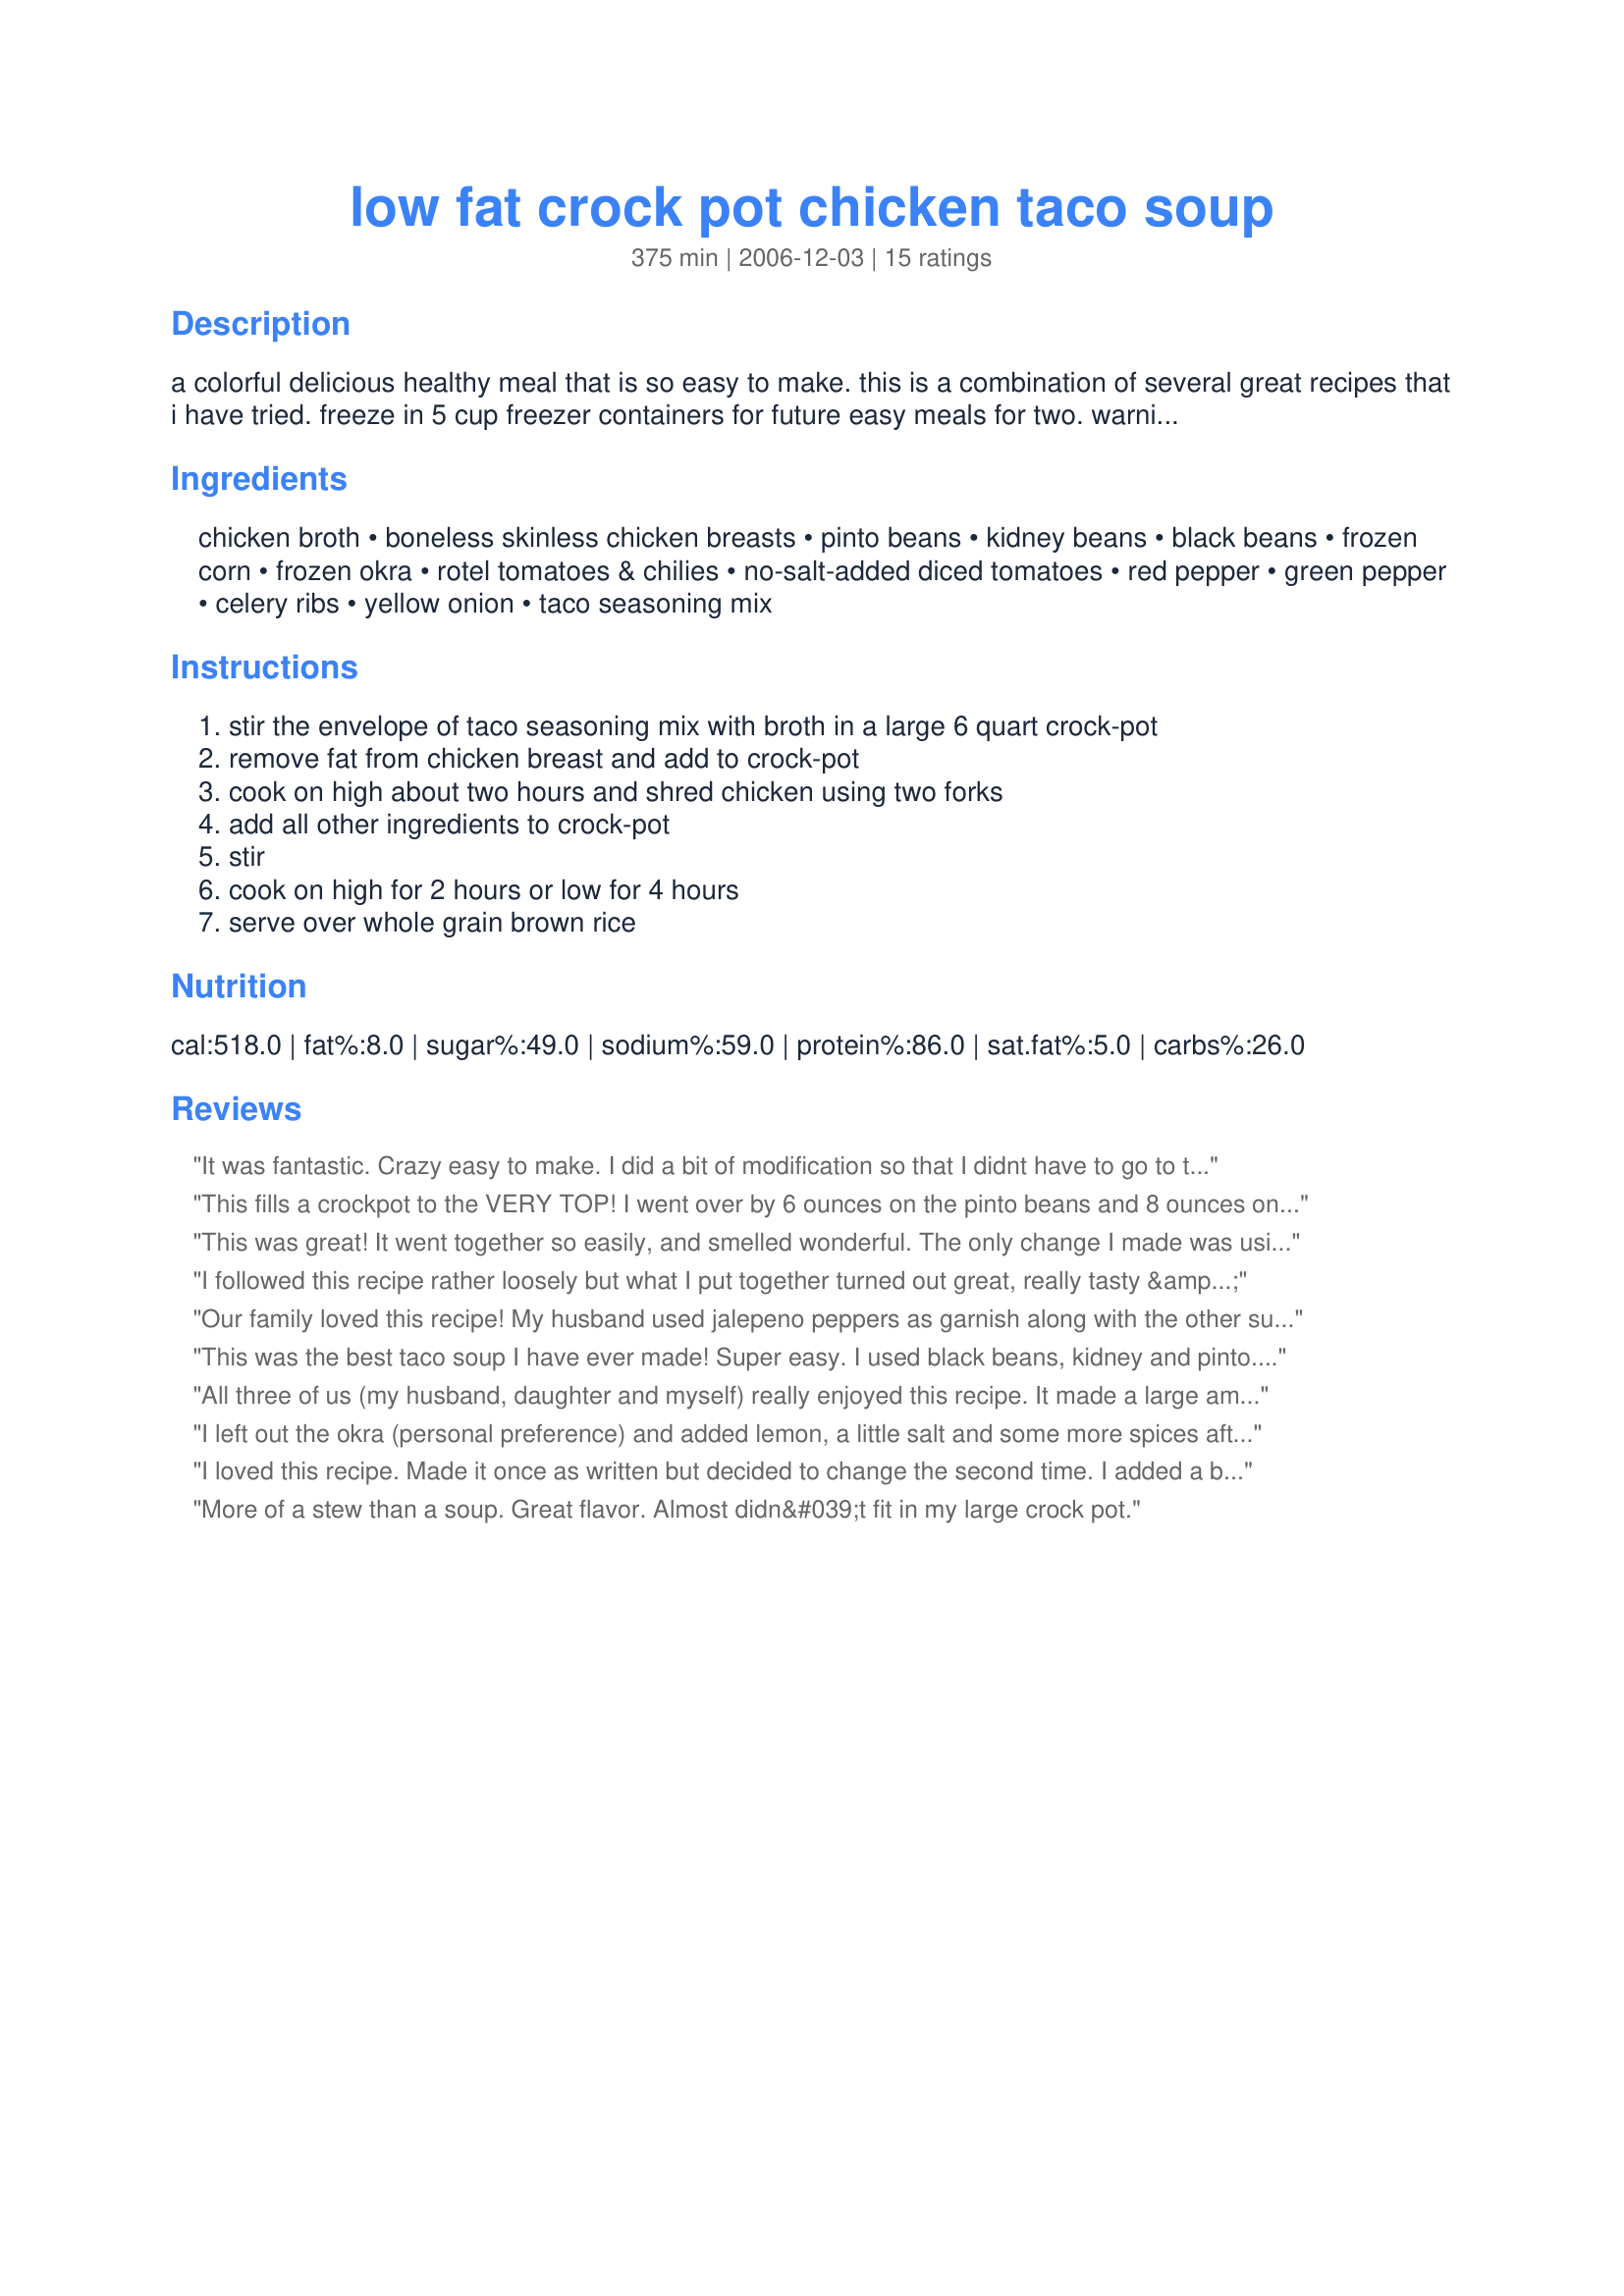
low fat crock pot chicken taco soup
Preparation time: 375 minutes

a colorful delicious healthy meal that is so easy to make. this is a combination of several great recipes that i have tried. freeze in 5 cup freezer containers for future easy meals for two.
warning: a large crock pot is needed.

Ingredients:
chicken broth, boneless skinless chicken breasts, pinto beans, kidney beans, black beans, frozen corn, frozen okra, rotel tomatoes & chilies, no-salt-added diced tomatoes, red pepper, green pepper, celery ribs, yellow onion, taco seasoning mix

Steps:
stir the envelope of taco seasoning mix with broth in a large 6 quart crock-pot, remove fat from chicken breast and add to crock-pot, cook on high about two hours and shred chicken using two forks, add all other ingredients to crock-pot, stir, cook on high for 2 hours or low for 4 hours, serve over whole grain brown rice

Reviews:
It was fantastic. Crazy easy to make. I did a bit of modification so that I didnt have to go to the grocery store. I only used about 1tbsp of the seasoning, that was all we needed.
This fills a crockpot to the VERY TOP! I went over by 6 ounces on the pinto beans and 8 ounces on the chicken. It was a good thing I had to drain and rinse the beans or I'd really have overflow problems. I'm still going to have to off set the lid when it gets hot so it does not boil over. I cooked the breast yesterday afternoon, pulled it apart that night. Then added everything else in and put it in the refrigerator until after church this morning. Plugged it in and the soup was ready 6 hours later. Made for *LOW IN OR FREE OF* game 2008
This was great! It went together so easily, and smelled wonderful. The only change I made was using a full can of chicken broth instead of one cup of vegetable, and I used a little more than 1 lb. of chicken. It completely filled my crockpot.
I followed this recipe rather loosely but what I put together turned out great, really tasty & so easy to do, a keeper for sure.
Our family loved this recipe! My husband used jalepeno peppers as garnish along with the other suggestions. I was short on time, so I browned 1lb. Ground sirloin & used beef broth. I've had 3 requests for the recipe since I posted the picture on facebook last night. Thanks for sharing this recipe!
This was the best taco soup I have ever made! Super easy. I used black beans, kidney and pinto. All the tomatoes I used had green chilis in them. I also mixed in 1/2 package Hidden Valley Ranch salad dressing mix (dry). I plan on making this a lot!
All three of us (my husband, daughter and myself) really enjoyed this recipe. It made a large amount with plenty of leftovers for additional meals. The only thing I would say is that it is more "stew-y" than "soup-y" because there wasn't a lot of liquid in the pot. This worked to our advantage for one meal -- we used a slotted spoon to serve up the good stuff over tortilla chips like nachos -- topped with some low fat cheese and a dollop of low fat sour cream -- YUM!
I left out the okra (personal preference) and added lemon, a little salt and some more spices after it was cooked. The fat free sour cream to top is a must, it really pulls the flavors together. I also took other reviewers' suggestions and doubled the broth, onion and red pepper and topped it with crushed baked tortilla chips. I think you could add even more broth. Nice meal!
I loved this recipe. Made it once as written but decided to change the second time. I added a bit more broth (chicken) and a whole of each pepper. Dumped in a jar of salsa and a can of green chiles and now I can't stop eating the stuff. Nice kick to it and occasionally will put over brown rice.
More of a stew than a soup. Great flavor. Almost didn&#039;t fit in my large crock pot.
Wooza! This is GREAT. I added a jar of Across the Border Salsa and I added Vlasic Jalapeno Slices (hot). I used 1 carton of vegetable stock juice. The night before I slow cooked my chicken on low all night. During that time I cut/diced my onions, green, and yellow pepers so in the morning all I had to do was combine in crock pot. On my crock pot I have high, low, and warm. So all day I kept it on warm it savored all the flavors and when I got home we turned it on high and wa-la This was great. I purchased tortilla strips for the top and a dollip of sour cream. This is a KEEPER!
Really good - so easy and my loved it. I made it pretty much as the recipe - I used more vegetables and the whole can of vegetable broth. Thanks, Goodheart.
I love this recipe. It makes about 15 cups and is too much for my 5 qt crockpot. I have also made this on the stove with great success. Sometimes I add a bit more broth. Thanks for sharing.
Excellent! This was very easy to make and everyone loved it. I followed the recipe but substituted Stewed Mexican Tomatoes and it was great.
This is awesome! What is better than a recipe so simple you throw it together before going to work in the morning and coming home to a house that smells wonderful and a meal that tastes even better!! Thanks Goodheart for a recipe that we will enjoy over and over again!
